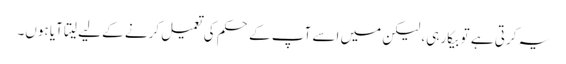
یہ کرتی ہے تو بیکار ہی، لیکن میں اسے آپ کے حکم کی تعمیل کرنے کے لیے لیتا آیا ہوں۔